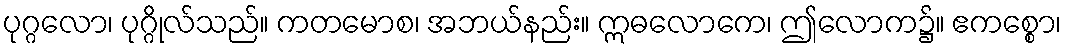
ပုဂ္ဂလော၊ ပုဂ္ဂိုလ်သည်။ ကတမောစ၊ အဘယ်နည်း။ ဣဓလောကေ၊ ဤလောက၌။ ဧကစ္စော၊